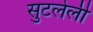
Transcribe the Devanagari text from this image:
सुटलेली